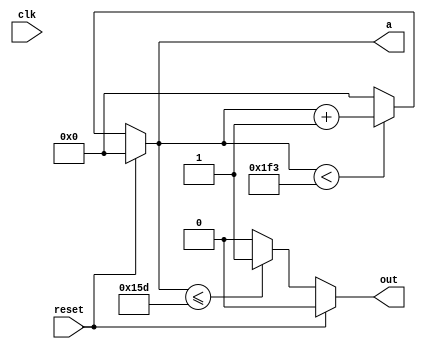
module div500(clk,reset,out,a);
input clk,reset;
output out;
output [9:0] a;
reg out;
reg[9:0] a;
  parameter cnt=500;
  always @(clk)
  begin
  if(reset)
    a=0;
  else
   if(a<cnt-1)
    a=a+1;
   else
    a=0;
  end
   always @(clk)
   begin
   if(reset)
    out=1'b0;
   else
    if(a<=349)
      out=1;
    else
   out=0;

   end
  endmodule